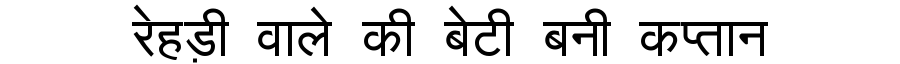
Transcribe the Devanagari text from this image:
रेहड़ी वाले की बेटी बनी कप्तान